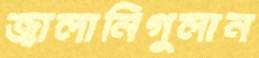
জ্বালানিগুলান